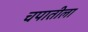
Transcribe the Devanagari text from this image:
चपातीला